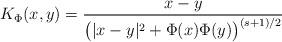
LaTeX: \begin{align*}K_\Phi(x,y) = \frac{x-y}{\bigl (|x-y|^2+\Phi(x)\Phi(y)\bigr)^{(s+1)/2}}\end{align*}